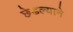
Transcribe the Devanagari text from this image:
छेडल्याने